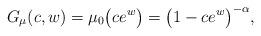
LaTeX: \begin{gather*}G_{\mu}(c,w)=\mu_{0}\big( ce^{w}\big) =\big( 1-ce^{w}\big)^{-\alpha}, \end{gather*}